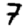
Digit: 7